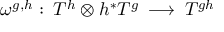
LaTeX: \omega ^ { g , h } : \: T ^ { h } \otimes h ^ { * } T ^ { g } \: \longrightarrow \: T ^ { g h }